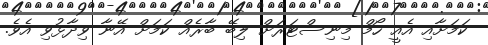
ކަމަށާއި އެއީ ހޯމް މިނިސްޓަރަށް ލިބޭ ބާރެއް ކަމަށް އޭނާ ވިދާޅުވި އެވެ.